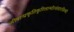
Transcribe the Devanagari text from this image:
जीवान्प्रकृतिकुटिलान्घोरसंसारसिन्धो